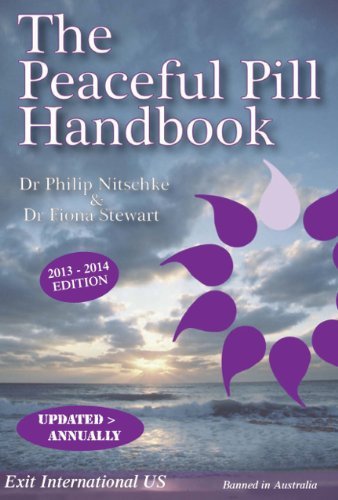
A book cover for The Peaceful Pill Handbook 2013 Edition; Dr Philip Nitschke MD & Dr Fiona Stewart PhD; Self-Help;